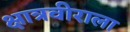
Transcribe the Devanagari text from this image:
क्षात्रवीराला